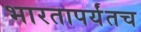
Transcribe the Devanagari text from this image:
भारतापर्यंतच